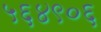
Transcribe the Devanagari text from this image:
५६४९०६